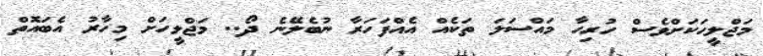
މަޖްލީހަކަށްވެސް ހުރިހާ މައްސަލަ ތަކެއް އެއްފަހަރާ ނުބެލޭނެ ދޯ.. މަޖްލީހަށްް މިހާރު އެބައޮތް